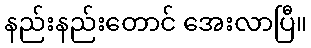
နည်းနည်းတောင် အေးလာပြီ။